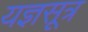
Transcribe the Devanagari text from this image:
यज्ञसूत्र